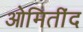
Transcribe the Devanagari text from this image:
ओमितींद